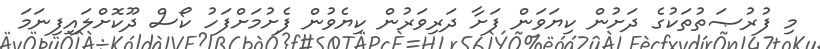
މި ފުރުޞަތުތަކުގެ ދަށުން ކިޔަވަން ފަށާ ދަރިވަރުން ކިޔެވުން ފެށުމަށްފަހު ކޯސް ދޫކޮށްލައިފިނަމަ